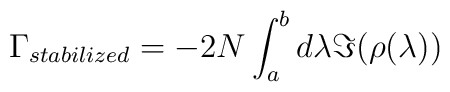
\Gamma_{stabilized} = - 2 N \int_{a}^{b} d \lambda \Im (\rho(\lambda))